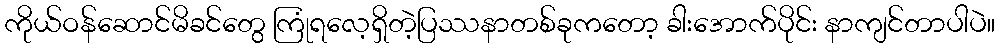
ကိုယ်ဝန်ဆောင်မိခင်တွေ ကြုံရလေ့ရှိတဲ့ပြဿနာတစ်ခုကတော့ ခါးအောက်ပိုင်း နာကျင်တာပါပဲ။